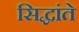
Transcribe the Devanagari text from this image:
सिद्धांते